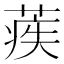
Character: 𦶱